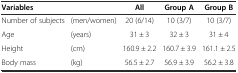
| Variables |  | All | Group A | Group B |
 | --- | --- | --- | --- | --- |
 | Number of subjects | (men/women) | 20 (6/14) | 10 (3/7) | 10 (3/7) |
 | Age | (years) | 31 ± 3 | 32 ± 3 | 31 ± 4 |
 | Height | (cm) | 160.9 ± 2.2 | 160.7 ± 3.9 | 161.1 ± 2.5 |
 | Body mass | (kg) | 56.5 ± 2.7 | 56.9 ± 3.9 | 56.2 ± 3.8 |